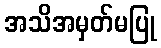
အသိအမှတ်မပြု